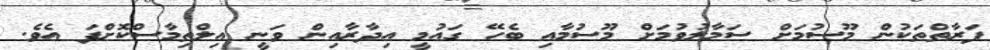
ފަރާތްތަކުން މޫސުމަށް ސަމާލުވުމަށް މޫސުމާއި ބެހޭ ގައުމީ އިދާރާއިން ވަނީ އިލްތިމާސްކޮށްފަ އެވެ.